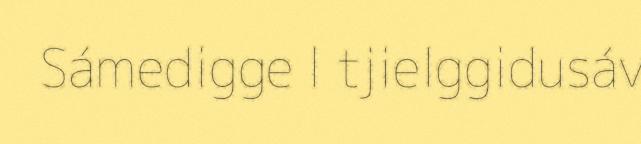
Sámedigge l tjielggidusáv